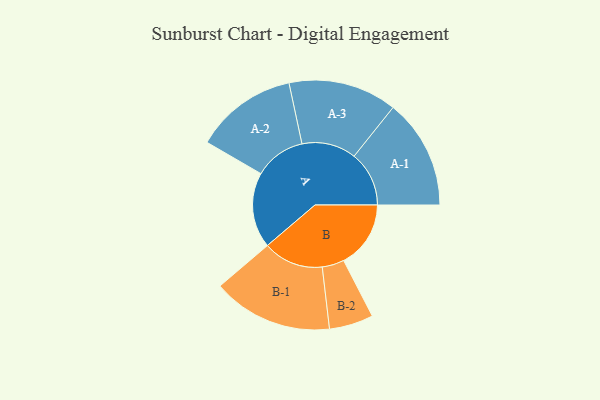
{"axis": {"x": "Segment", "y": "Value"}, "legend": ["", "A", "B"], "data": [{"x": "A", "y": 342, "type": ""}, {"x": "B", "y": 304, "type": ""}, {"x": "A-1", "y": 249, "type": "A"}, {"x": "A-2", "y": 232, "type": "A"}, {"x": "A-3", "y": 246, "type": "A"}, {"x": "B-1", "y": 273, "type": "B"}, {"x": "B-2", "y": 100, "type": "B"}]}